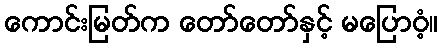
ကောင်းမြတ်က တော်တော်နှင့် မပြောဝံ့။